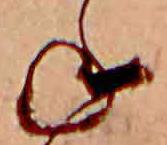
ね